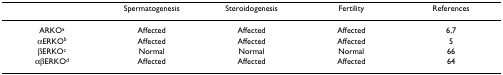
|  | Spermatogenesis | Steroidogenesis | Fertility | References |
 | --- | --- | --- | --- | --- |
 | ARKOa | Affected | Affected | Affected | 6,7 |
 | αERKOb | Affected | Affected | Affected | 5 |
 | βERKOc | Normal | Normal | Normal | 66 |
 | αβERKOd | Affected | Affected | Affected | 64 |